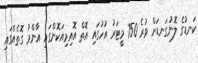
ކަނޑުގެ ލޮނުގަނޑަށް ވުރެ 750 މީޓަރު އުހުގައި އޮތް އޮއިމިއަކޮންގައި އާންމު ގޮތެއްގައި